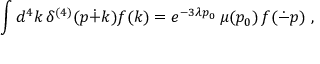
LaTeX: \int d ^ { 4 } k \, \delta ^ { ( 4 ) } ( p \dot { + } k ) f ( k ) = e ^ { - 3 \lambda p _ { 0 } } \, \mu ( p _ { 0 } ) \, f ( \dot { - } p ) ~ ,